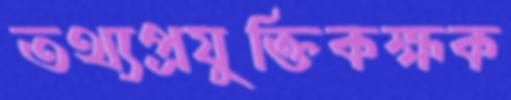
তথ্যপ্রযুক্তিকক্ষক